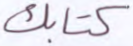
كتابك